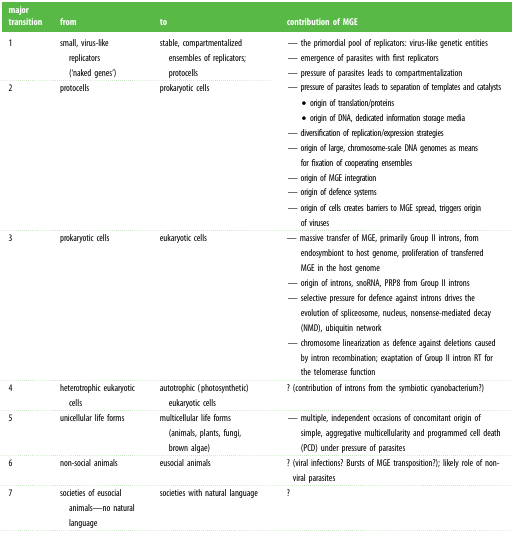
| major transition | from | to | contribution of MGE |
 | --- | --- | --- | --- |
 | 1 | small, virus-like replicators (‘naked genes’) | stable, compartmentalized ensembles of replicators; protocells | <ROWSPAN=2> — the primordial pool of replicators: virus-like genetic entities— emergence of parasites with first replicators— pressure of parasites leads to compartmentalization— pressure of parasites leads to separation of templates and catalysts • origin of translation/proteins • origin of DNA, dedicated information storage media— diversification of replication/expression strategies— origin of large, chromosome-scale DNA genomes as meansfor fixation of cooperating ensembles— origin of MGE integration— origin of defence systems— origin of cells creates barriers to MGE spread, triggers originof viruses |
 | 2 | protocells | prokaryotic cells |
 | 3 | prokaryotic cells | eukaryotic cells | — massive transfer of MGE, primarily Group II introns, fromendosymbiont to host genome, proliferation of transferredMGE in the host genome— origin of introns, snoRNA, PRP8 from Group II introns— selective pressure for defence against introns drives theevolution of spliceosome, nucleus, nonsense-mediated decay (NMD), ubiquitin network— chromosome linearization as defence against deletions causedby intron recombination; exaptation of Group II intron RT forthe telomerase function |
 | 4 | heterotrophic eukaryotic cells | autotrophic (photosynthetic) eukaryotic cells | ? (contribution of introns from the symbiotic cyanobacterium?) |
 | 5 | unicellular life forms | multicellular life forms (animals, plants, fungi, brown algae) | — multiple, independent occasions of concomitant origin ofsimple, aggregative multicellularity and programmed cell death (PCD) under pressure of parasites |
 | 6 | non-social animals | eusocial animals | ? (viral infections? Bursts of MGE transposition?); likely role of non-viral parasites |
 | 7 | societies of eusocial animals—no natural language | societies with natural language | ? |